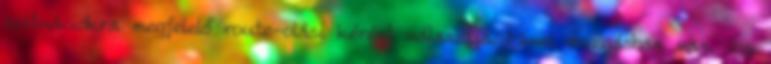
szituációkra megfelelő route-olási kérést választja. Mivel mozgásban van, így